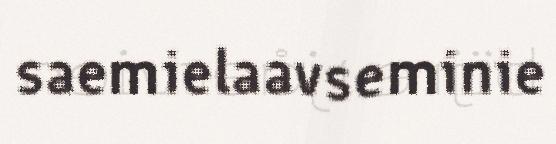
saemielaavseminie